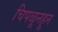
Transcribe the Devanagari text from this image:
चिपळूनहून